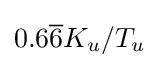
0.6{\overline {6}}K_{u}/T_{u}